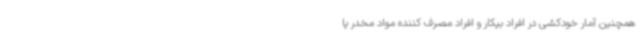
همچنین آمار خودکشی در افراد بیکار و افراد مصرف کننده مواد مخدر یا